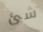
شئ